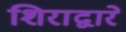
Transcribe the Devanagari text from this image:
शिराद्वारे